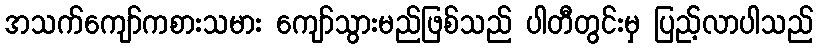
အသက်ကျော်ကစားသမား ကျော်သွားမည်ဖြစ်သည် ပါတီတွင်းမှ ပြည့်လာပါသည်